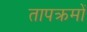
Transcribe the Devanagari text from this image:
तापक्रमों